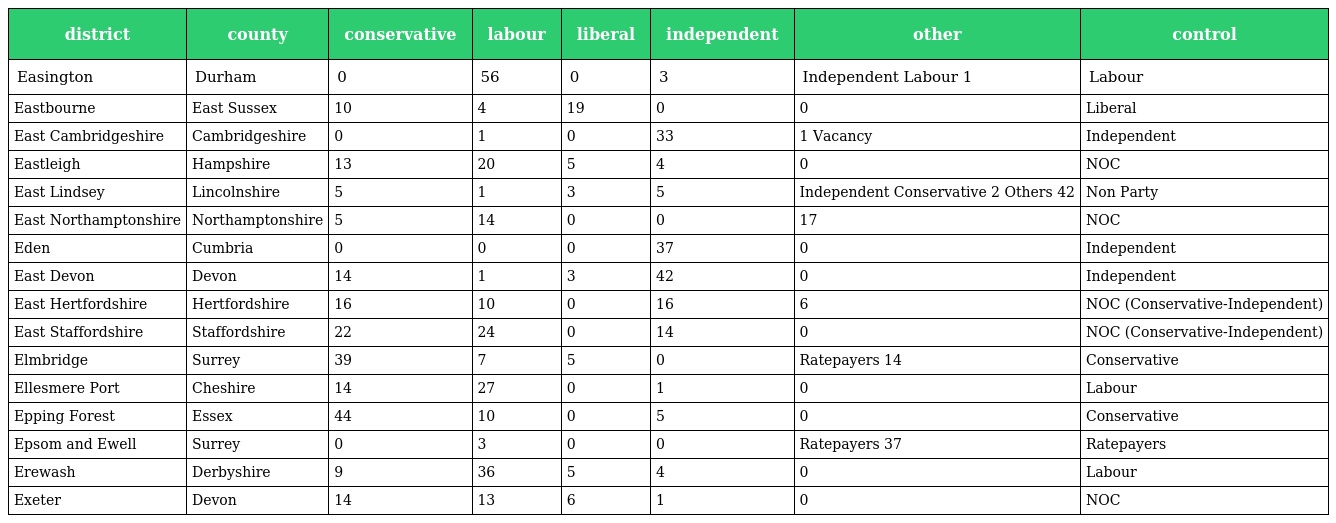
| district | county | conservative | labour | liberal | independent | other | control |
 | --- | --- | --- | --- | --- | --- | --- | --- |
 | Easington | Durham | 0 | 56 | 0 | 3 | Independent Labour 1 | Labour |
 | Eastbourne | East Sussex | 10 | 4 | 19 | 0 | 0 | Liberal |
 | East Cambridgeshire | Cambridgeshire | 0 | 1 | 0 | 33 | 1 Vacancy | Independent |
 | Eastleigh | Hampshire | 13 | 20 | 5 | 4 | 0 | NOC |
 | East Lindsey | Lincolnshire | 5 | 1 | 3 | 5 | Independent Conservative 2 Others 42 | Non Party |
 | East Northamptonshire | Northamptonshire | 5 | 14 | 0 | 0 | 17 | NOC |
 | Eden | Cumbria | 0 | 0 | 0 | 37 | 0 | Independent |
 | East Devon | Devon | 14 | 1 | 3 | 42 | 0 | Independent |
 | East Hertfordshire | Hertfordshire | 16 | 10 | 0 | 16 | 6 | NOC (Conservative-Independent) |
 | East Staffordshire | Staffordshire | 22 | 24 | 0 | 14 | 0 | NOC (Conservative-Independent) |
 | Elmbridge | Surrey | 39 | 7 | 5 | 0 | Ratepayers 14 | Conservative |
 | Ellesmere Port | Cheshire | 14 | 27 | 0 | 1 | 0 | Labour |
 | Epping Forest | Essex | 44 | 10 | 0 | 5 | 0 | Conservative |
 | Epsom and Ewell | Surrey | 0 | 3 | 0 | 0 | Ratepayers 37 | Ratepayers |
 | Erewash | Derbyshire | 9 | 36 | 5 | 4 | 0 | Labour |
 | Exeter | Devon | 14 | 13 | 6 | 1 | 0 | NOC |